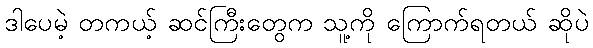
ဒါပေမဲ့ တကယ့် ဆင်ကြီးတွေက သူ့ကို ကြောက်ရတယ် ဆိုပဲ